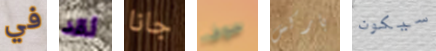
في لقد جانا سوف باركس سيكون